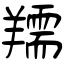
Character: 羺